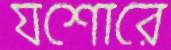
যশোরে